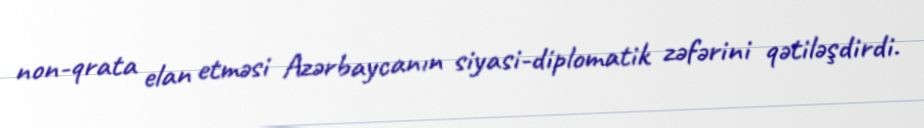
non-qrata elan etməsi Azərbaycanın siyasi-diplomatik zəfərini qətiləşdirdi.